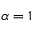
\alpha = 1